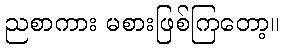
ညစာကား မစားဖြစ်ကြတော့။